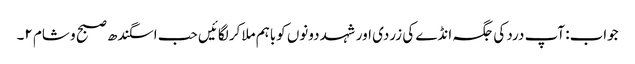
جواب: آپ درد کی جگہ انڈے کی زردی اور شہد دونوں کوباہم ملاکر لگائیں حب اسگندھ صبح و شام ۲۔